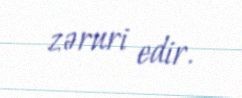
zəruri edir.